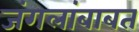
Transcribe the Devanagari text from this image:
जंगलांबाबत